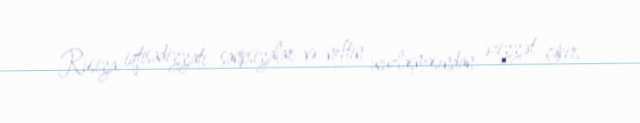
Rusiya iqtisadiyyatı sanksiyalar və neftin ucuzlaşmasından əziyyət çəkir,